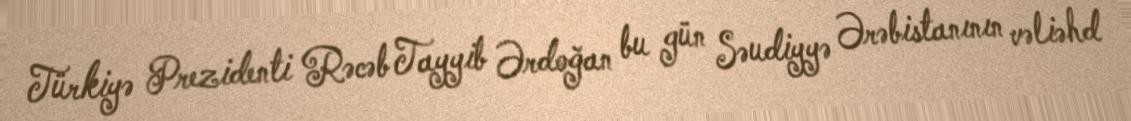
Türkiyə Prezidenti Rəcəb Tayyib Ərdoğan bu gün Səudiyyə Ərəbistanının vəliəhd